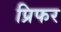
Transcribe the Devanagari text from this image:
प्रिफर